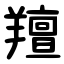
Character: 羶